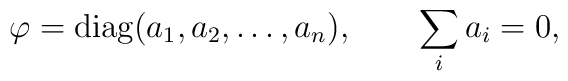
\varphi=\mbox{diag}(a_1,a_2,\ldots,a_n), \qquad \sum\limits_i a_i = 0,